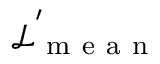
\mathcal { L } _ { \mathrm { ~ m ~ e ~ a ~ n ~ } } ^ { ' }